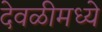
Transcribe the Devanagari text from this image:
देवळीमध्ये